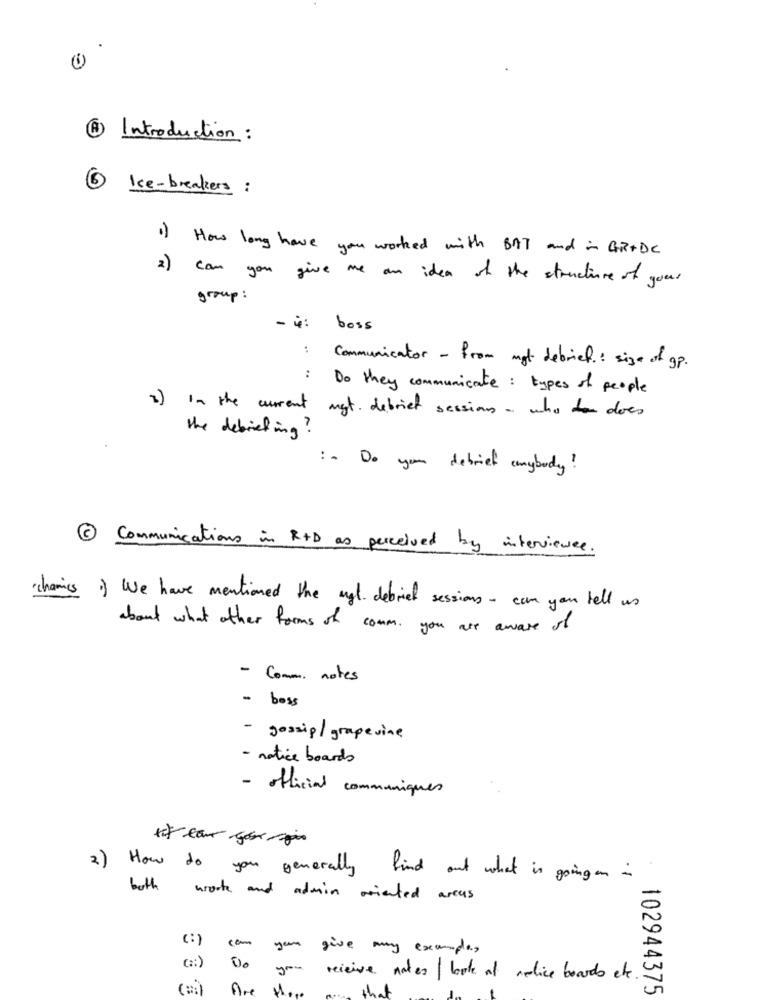
@ Introduction:
Ice-breakers :
1 ) How long have you worked with BAT and in GR+DC
2) can you give me an idea of the structure of your
group :
- i: boss
Communicator - from mot debrief : size of gp.
: Do they communicate: types of people
2) In the curent mgt. debrief sessions - who todoes
the debriefing ?
:- Do you debrief anybody!
2 Communication in R+D as perceived by interviewee.
·chanics 1) We have mentioned the mgl. debrief sessions - can you tell us
about what other forms of comm. you are aware of
- Comm. notes
- boss
- gossip/grapevine
- notice boards
- official communiques
lifeour cose spis
2 ) How do you generally find out what is goingon in
both work and admin oriented areas
com
you give any example,
(:)
you receive notes / look at melice boards etc.
Are
102944375